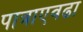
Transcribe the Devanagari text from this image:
पात्राएवढा